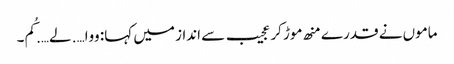
ماموں نے قدرے منھ موڑ کر عجیب سے انداز میں کہا: ووا…. لے…. کُم۔